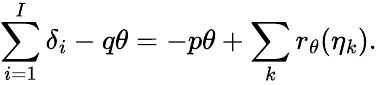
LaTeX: \sum_{i=1}^{I}\delta_{i}-q\theta=-p\theta+\sum_{k}r_{\theta}(\eta_{k}).